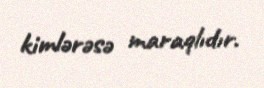
kimlərəsə maraqlıdır.